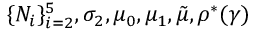
\{ N _ { i } \} _ { i = 2 } ^ { 5 } , \sigma _ { 2 } , \mu _ { 0 } , \mu _ { 1 } , \tilde { \mu } , \rho ^ { \ast } ( \gamma )